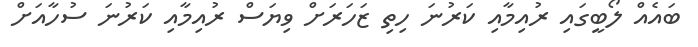
ބައެއް ލޯބީގައި ރުއިމާއި ކަރުނަ ހިތި ޒަހަރަށް ވިޔަސް ރުއިމާއި ކަރުނަ ސުހާއަށް